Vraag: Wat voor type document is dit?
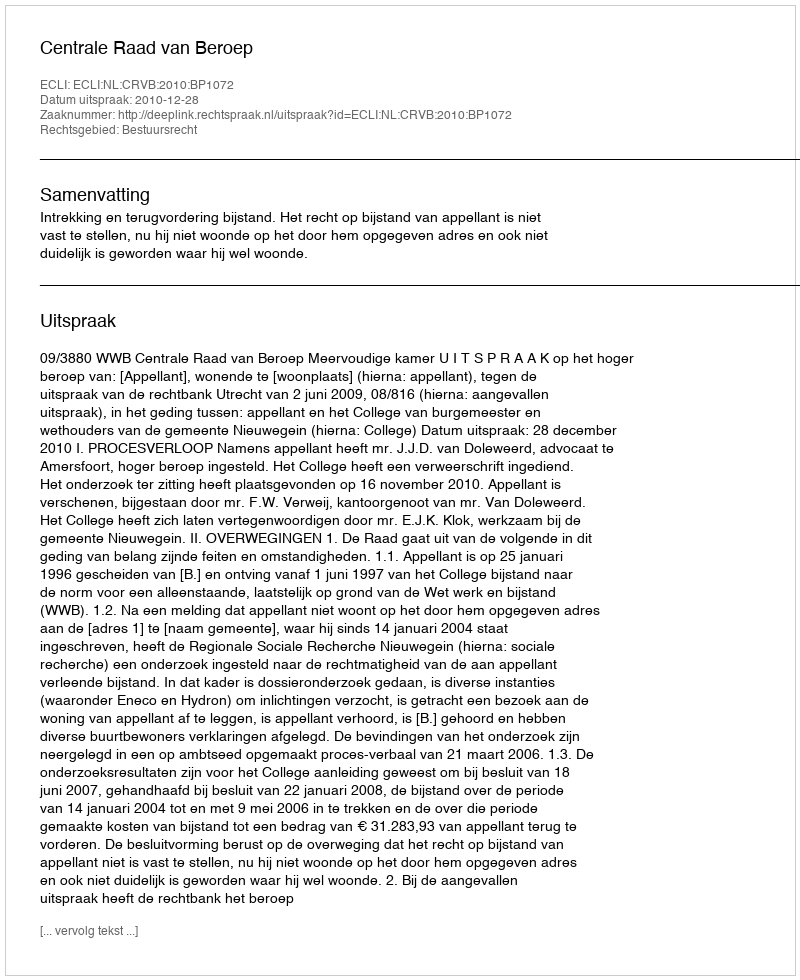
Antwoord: Uitspraak